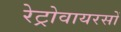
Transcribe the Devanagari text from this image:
रेट्रोवायरसों